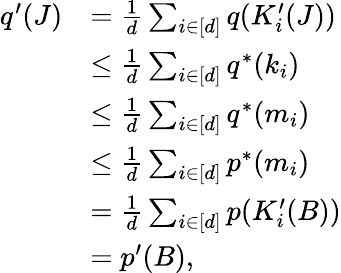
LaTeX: \begin{array}{rl}{q^{\prime}(J)}&{=\frac{1}d\sum_{i\in[d]}q(K_{i}^{\prime}(J))}\\ &{\leq\frac{1}d\sum_{i\in[d]}q^{*}(k_{i})}\\ &{\leq\frac{1}d\sum_{i\in[d]}q^{*}(m_{i})}\\ &{\leq\frac{1}d\sum_{i\in[d]}p^{*}(m_{i})}\\ &{=\frac{1}d\sum_{i\in[d]}p(K_{i}^{\prime}(B))}\\ &{=p^{\prime}(B),}\end{array}